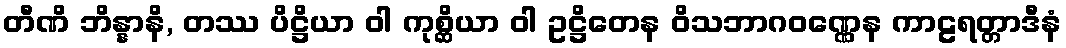
တီဏိ ဘိန္နာနိ, တဿ ပိဋ္ဌိယာ ဝါ ကုစ္ဆိယာ ဝါ ဥဋ္ဌိတေန ဝိသဘာဂဝဏ္ဏေန ကာဠရတ္တာဒီနံ